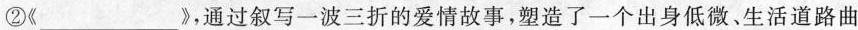
②《_________》，通过叙写一波三折的爱情故事，塑造了一个出身低微、生活道路曲